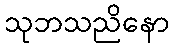
သုဘသညိနော